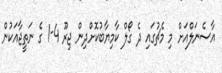
އާސެނަލްއަށް މި މެޗުގައި ދެ ގޯލް ކާމިޔާބުކޮށްދިން ޖިރޫ 4-1 ގެ ނަތީޖާއަކުން